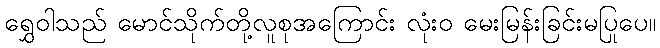
ရွှေဝါသည် မောင်သိုက်တို့လူစုအကြောင်း လုံးဝ မေးမြန်းခြင်းမပြုပေ။